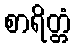
စာရိတ္တံ